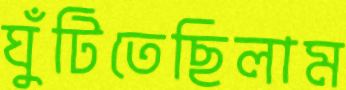
ঘুঁটিতেছিলাম